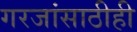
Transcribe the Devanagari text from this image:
गरजांसाठीही